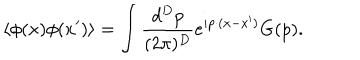
LaTeX: \left< \phi ( x ) \phi ( x ^ { \prime } ) \right> = \int \frac { d ^ { D } p } { ( 2 \pi ) ^ { D } } e ^ { i p \cdot ( x - x ^ { \prime } ) } G ( p ) .